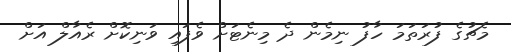
މެޗުގެ ފުރަތަމަ ހާފު ނިމެން ދެ މިނެޓަށް ވެފައި ވަނިކޮށް ރެއާލް އަށް